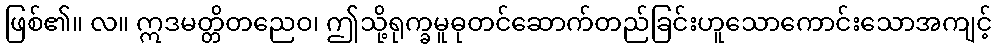
ဖြစ်၏။ လ။ ဣဒမတ္တိတညေဝ၊ ဤသို့ရုက္ခမူဓုတင်ဆောက်တည်ခြင်းဟူသောကောင်းသောအကျင့်